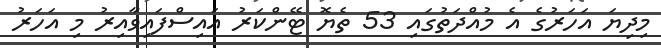
މިދިޔަ އަހަރުގެ އެ މުއްދަތުގައި 53 ތެޔޮ ޓޭންކަރު އައިސްފައިވާއިރު މި އަހަރު